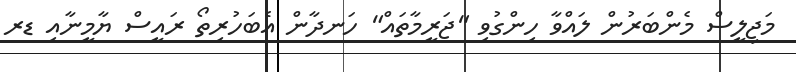
މަޖިލީސް މެންބަރުން ލައްވާ ހިންގުވި "ޖަރީމާތައް" ހަނދާން އެބަހުރިތޯ ރައީސް ޔާމީނާއި ޑރ